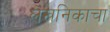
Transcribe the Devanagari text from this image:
लेखनिकाचा